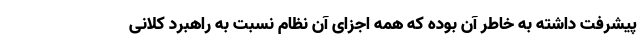
پیشرفت داشته به خاطر آن بوده که همه اجزای آن نظام نسبت به راهبرد کلانی